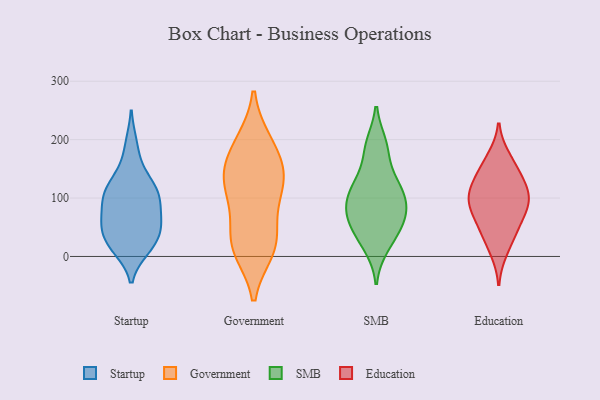
{"axis": {"x": "Customer Acquisition Cost (USD)", "y": "Value"}, "legend": ["Education", "Government", "SMB", "Startup"], "data": [{"x": "", "y": 60, "type": "Startup"}, {"x": "", "y": 126, "type": "Startup"}, {"x": "", "y": 103, "type": "Startup"}, {"x": "", "y": 70, "type": "Startup"}, {"x": "", "y": 107, "type": "Startup"}, {"x": "", "y": 192, "type": "Startup"}, {"x": "", "y": 148, "type": "Startup"}, {"x": "", "y": 103, "type": "Startup"}, {"x": "", "y": 49, "type": "Startup"}, {"x": "", "y": 58, "type": "Startup"}, {"x": "", "y": 104, "type": "Startup"}, {"x": "", "y": 16, "type": "Startup"}, {"x": "", "y": 13, "type": "Startup"}, {"x": "", "y": 20, "type": "Startup"}, {"x": "", "y": 41, "type": "Startup"}, {"x": "", "y": 64, "type": "Government"}, {"x": "", "y": 30, "type": "Government"}, {"x": "", "y": 196, "type": "Government"}, {"x": "", "y": 141, "type": "Government"}, {"x": "", "y": 147, "type": "Government"}, {"x": "", "y": 108, "type": "Government"}, {"x": "", "y": 15, "type": "Government"}, {"x": "", "y": 11, "type": "Government"}, {"x": "", "y": 17, "type": "Government"}, {"x": "", "y": 164, "type": "Government"}, {"x": "", "y": 118, "type": "Government"}, {"x": "", "y": 123, "type": "Government"}, {"x": "", "y": 196, "type": "Government"}, {"x": "", "y": 35, "type": "SMB"}, {"x": "", "y": 112, "type": "SMB"}, {"x": "", "y": 93, "type": "SMB"}, {"x": "", "y": 124, "type": "SMB"}, {"x": "", "y": 17, "type": "SMB"}, {"x": "", "y": 192, "type": "SMB"}, {"x": "", "y": 56, "type": "SMB"}, {"x": "", "y": 75, "type": "SMB"}, {"x": "", "y": 62, "type": "SMB"}, {"x": "", "y": 183, "type": "SMB"}, {"x": "", "y": 86, "type": "SMB"}, {"x": "", "y": 128, "type": "SMB"}, {"x": "", "y": 38, "type": "Education"}, {"x": "", "y": 118, "type": "Education"}, {"x": "", "y": 49, "type": "Education"}, {"x": "", "y": 121, "type": "Education"}, {"x": "", "y": 10, "type": "Education"}, {"x": "", "y": 137, "type": "Education"}, {"x": "", "y": 155, "type": "Education"}, {"x": "", "y": 96, "type": "Education"}, {"x": "", "y": 169, "type": "Education"}, {"x": "", "y": 90, "type": "Education"}, {"x": "", "y": 63, "type": "Education"}, {"x": "", "y": 93, "type": "Education"}, {"x": "", "y": 92, "type": "Education"}]}